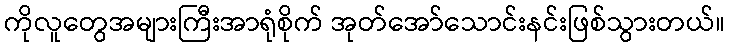
ကိုလူတွေအများကြီးအာရုံစိုက် အုတ်အော်သောင်းနင်းဖြစ်သွားတယ်။